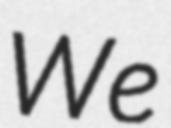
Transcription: We